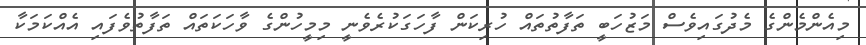
މިއެންމެންގެ މެދުގައިވެސް މަޒުހަބީ ތަފާތުތައް ހުރިކަން ފާހަގަކުރެވެނީ މިމީހުންގެ ވާހަކަތައް ތަފާތުވެފައި އެއްކަމަކާ